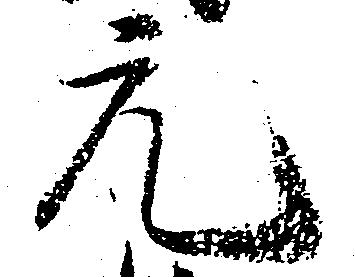
元